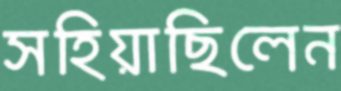
সহিয়াছিলেন